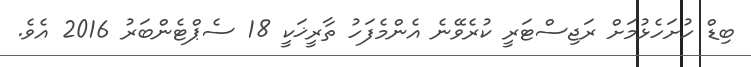
ބިޑް ހުށަހެޅުމަށް ރަޖިސްޓަރީ ކުރެވޭނެ އެންމެފަހު ތާރީޚަކީ 18 ސެޕްޓެންބަރު 2016 އެވެ.